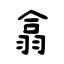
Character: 翕